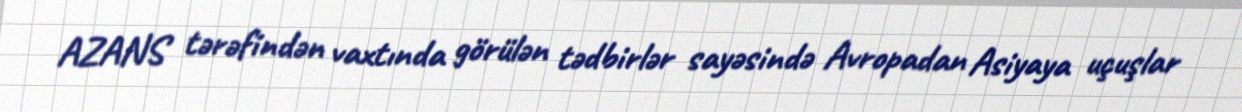
AZANS tərəfindən vaxtında görülən tədbirlər sayəsində Avropadan Asiyaya uçuşlar